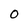
Character: 0